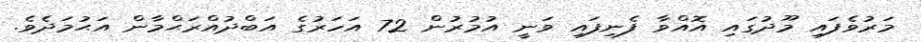
މަރުވެފައި މޫދުގައި އޮއްވާ ފެނިފައި ވަނީ އުމުރުން 72 އަހަރުގެ އަބްދުއްރަޙްމާން އަޙުމަދެވެ.